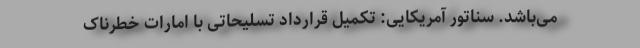
می‌باشد. سناتور آمریکایی: تکمیل قرارداد تسلیحاتی با امارات خطرناک